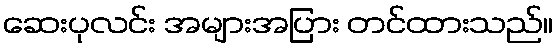
ဆေးပုလင်း အများအပြား တင်ထားသည်။